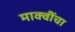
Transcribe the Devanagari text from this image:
माक्वींचा